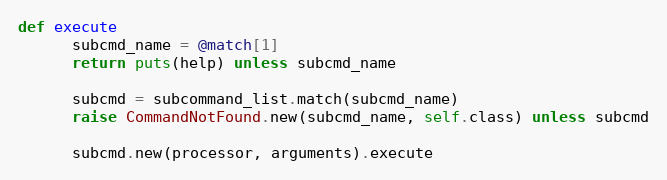
Language: Ruby
def execute
      subcmd_name = @match[1]
      return puts(help) unless subcmd_name

      subcmd = subcommand_list.match(subcmd_name)
      raise CommandNotFound.new(subcmd_name, self.class) unless subcmd

      subcmd.new(processor, arguments).execute